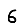
Digit: 6